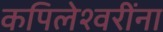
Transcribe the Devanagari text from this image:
कपिलेश्वरींना